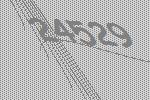
24529